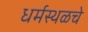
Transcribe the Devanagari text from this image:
धर्मस्थळचे